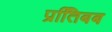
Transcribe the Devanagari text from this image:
प्रतििबब